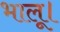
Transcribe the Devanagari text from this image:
भालू।